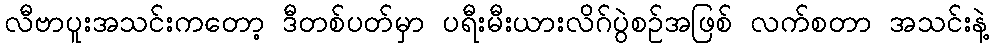
လီဗာပူးအသင်းကတော့ ဒီတစ်ပတ်မှာ ပရီးမီးယားလိဂ်ပွဲစဉ်အဖြစ် လက်စတာ အသင်းနဲ့